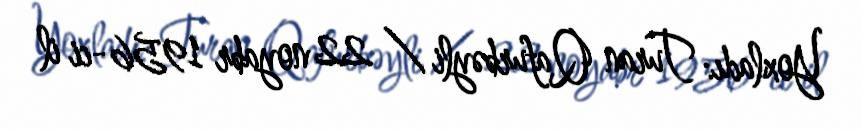
Yoxladı: Turan Qafurbəyli / 22 noyabr 1956-ci il